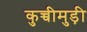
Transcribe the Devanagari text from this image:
कुच्चीमुड़ी